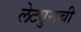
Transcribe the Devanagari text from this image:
लेट्युसची